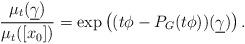
LaTeX: \begin{align*}\frac{\mu_{t}(\underline{\gamma})}{\mu_{t}([x_0])}= \exp\left((t\phi-P_G(t \phi))(\underline{\gamma})\right).\end{align*}